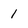
Character: 1